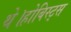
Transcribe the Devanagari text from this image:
थे।होबिस्ट्स